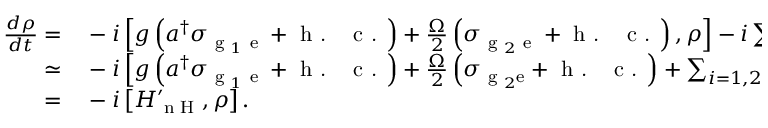
\begin{array} { r l } { \frac { d \rho } { d t } = } & { { } - i \left[ g \left( a ^ { \dagger } \sigma _ { \textrm { g } _ { 1 } \textrm { e } } + \textrm { h . ~ c . } \right) + \frac { \Omega } { 2 } \left( \sigma _ { \textrm { g } _ { 2 } \textrm { e } } + \textrm { h . ~ c . } \right) , \rho \right] - i \sum _ { i = 1 , 2 } \gamma _ { i } \left[ - i \sigma _ { \textrm { e g } _ { i } } \sigma _ { \textrm { g } _ { i } \textrm { e } } , \rho \right] - i \kappa \left[ - i a ^ { \dagger } a , \rho \right] } \\ { \simeq } & { { } - i \left[ g \left( a ^ { \dagger } \sigma _ { \textrm { g } _ { 1 } \textrm { e } } + \textrm { h . ~ c . } \right) + \frac { \Omega } { 2 } \left( \sigma _ { \textrm { g } _ { 2 } \mathrm { { e } } } + \textrm { h . ~ c . } \right) + \sum _ { i = 1 , 2 } - i \gamma _ { i } \sigma _ { \textrm { e } } - i \kappa a ^ { \dagger } a , \rho \right] } \\ { = } & { { } - i \left[ H _ { \textrm { n H } } ^ { \prime } , \rho \right] . } \end{array}